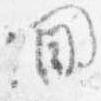
間